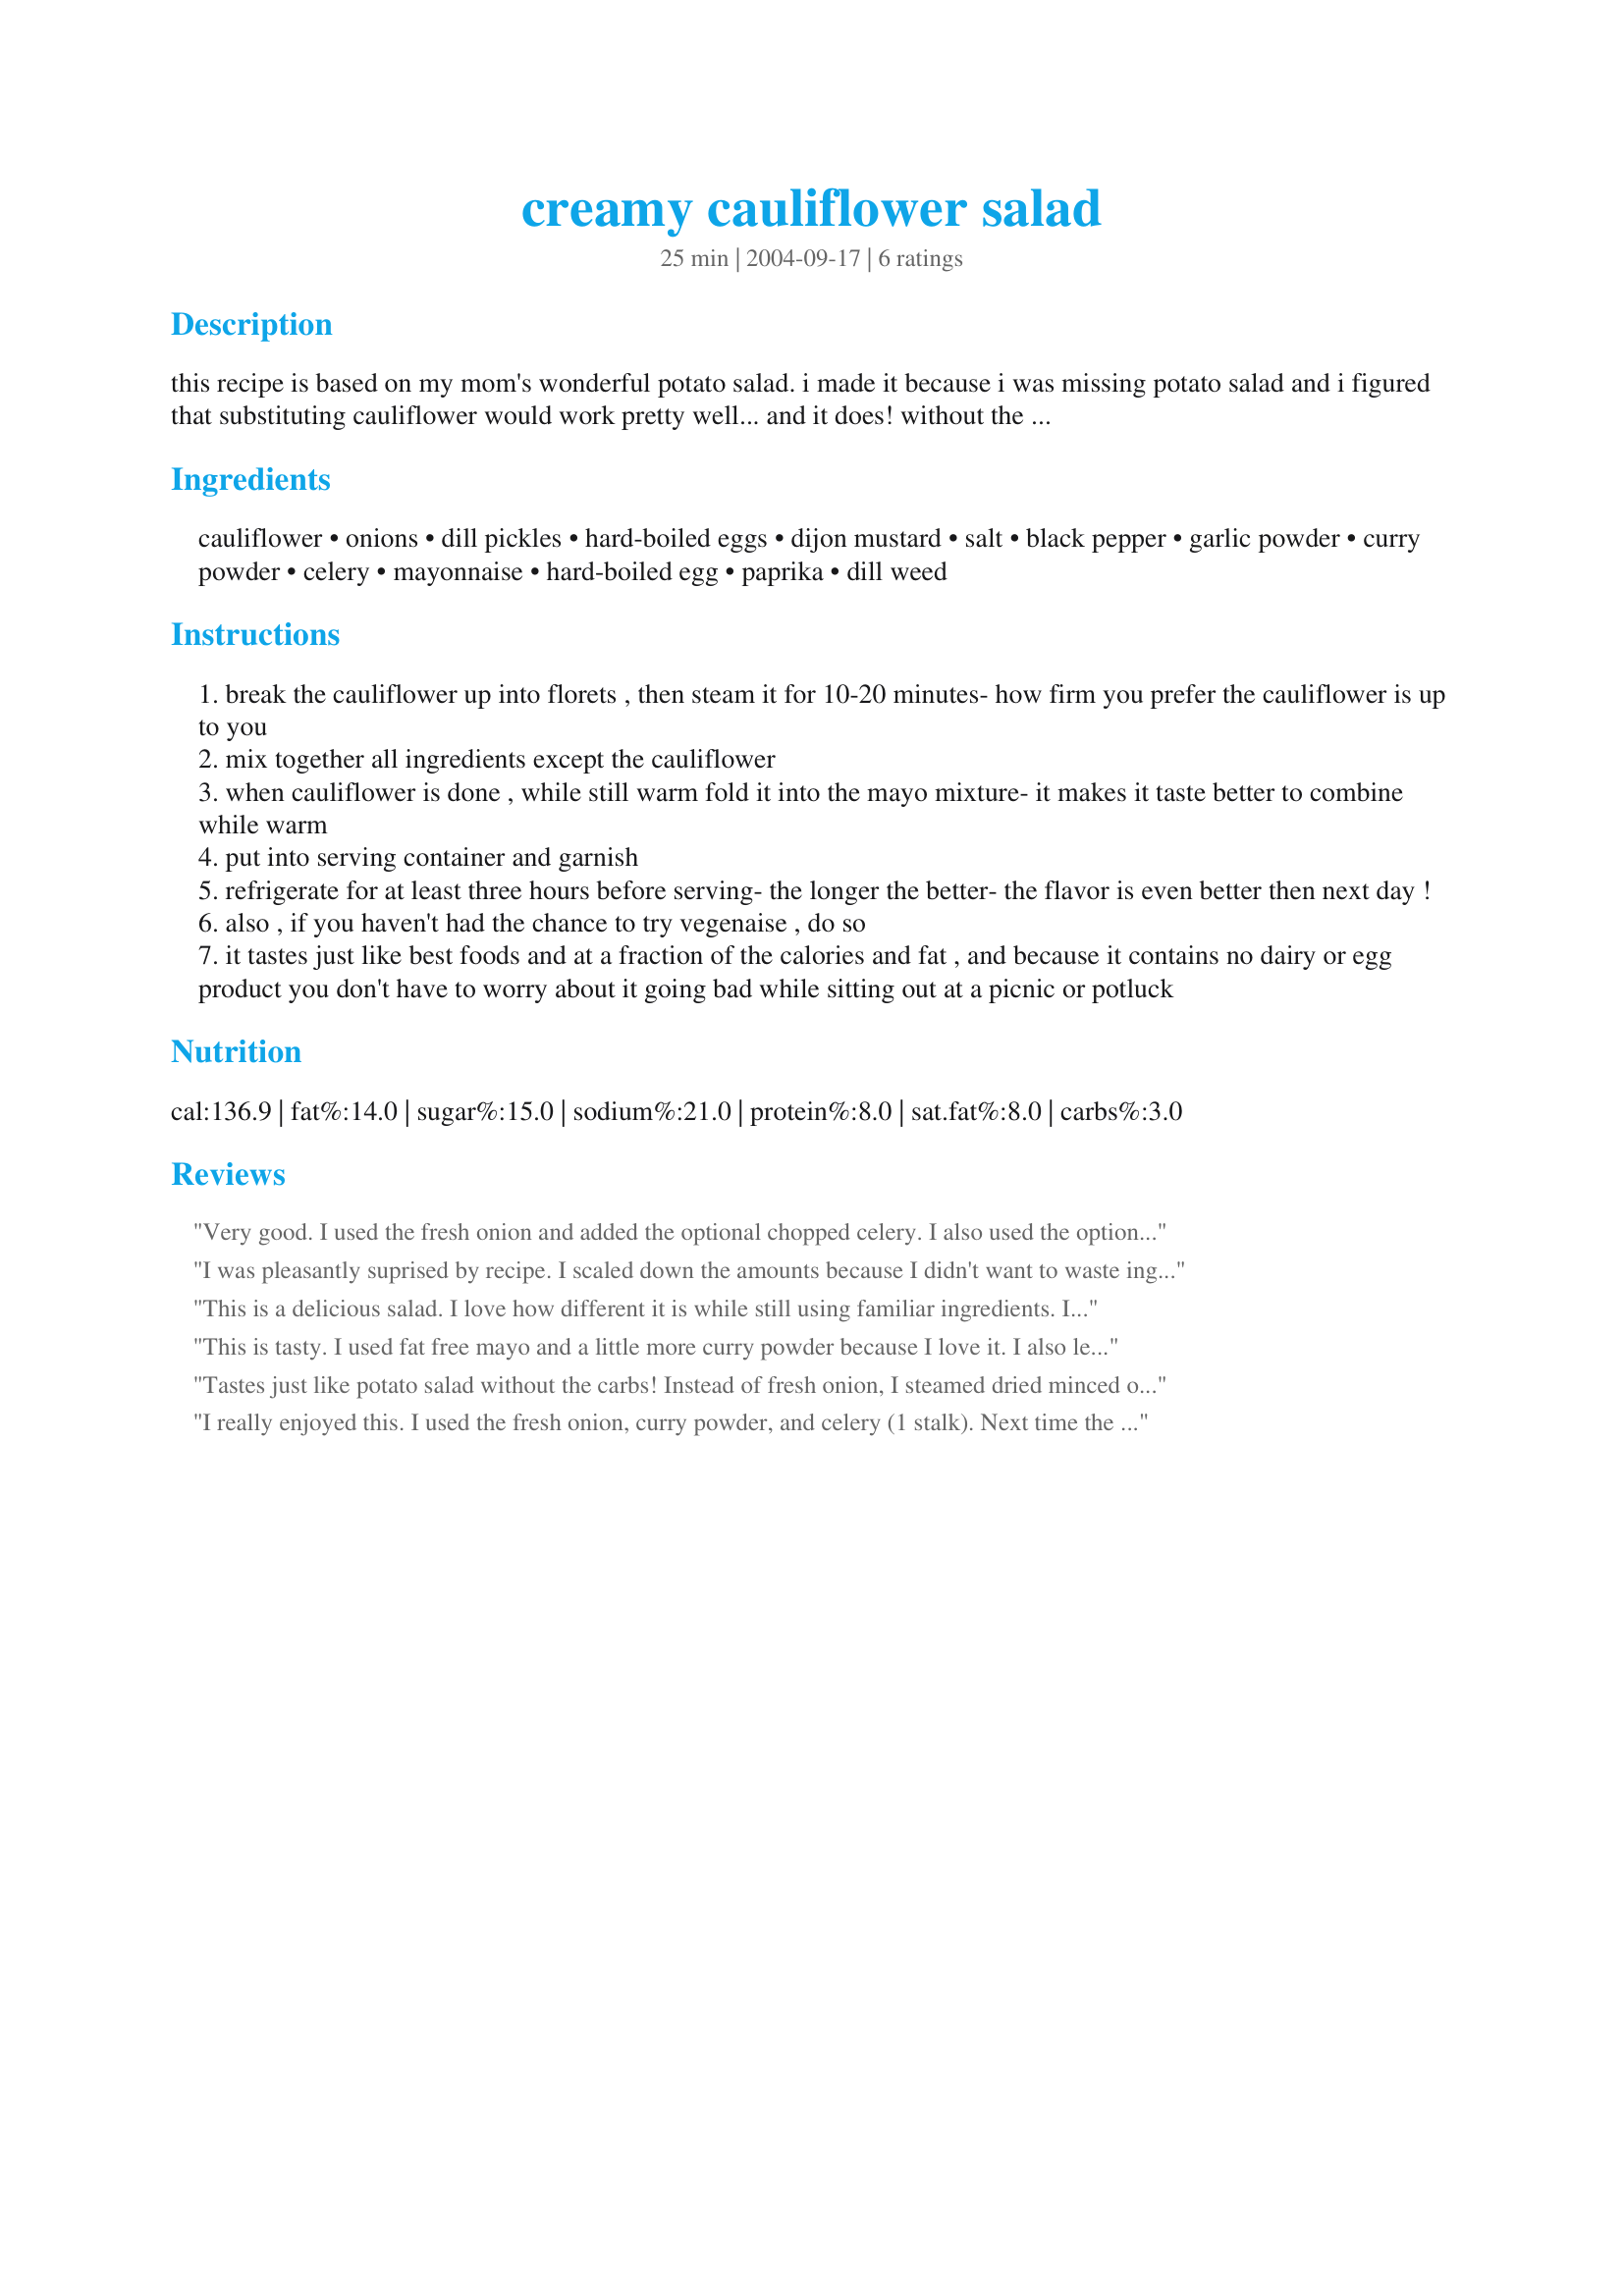
creamy cauliflower salad
Preparation time: 25 minutes

this recipe is based on my mom's wonderful potato salad. i made it because i was missing potato salad and i figured that substituting cauliflower would work pretty well... and it does! without the potato it's perfect for folks who are diabetic or working on lower carb menus, but even those who aren't watching carbs enjoy it. very tasty! go to www followyourheart com for more information on vegenaise.

Ingredients:
cauliflower, onions, dill pickles, hard-boiled eggs, dijon mustard, salt, black pepper, garlic powder, curry powder, celery, mayonnaise, hard-boiled egg, paprika, dill weed

Steps:
break the cauliflower up into florets , then steam it for 10-20 minutes- how firm you prefer the cauliflower is up to you
mix together all ingredients except the cauliflower
when cauliflower is done , while still warm fold it into the mayo mixture- it makes it taste better to combine while warm
put into serving container and garnish
refrigerate for at least three hours before serving- the longer the better- the flavor is even better then next day !
also , if you haven't had the chance to try vegenaise , do so
it tastes just like best foods and at a fraction of the calories and fat , and because it contains no dairy or egg product you don't have to worry about it going bad while sitting out at a picnic or potluck

Reviews:
Very good. I used the fresh onion and added the optional chopped celery. I also used the optional curry powder (a mild curry powder). Even people who are not "low-carbing" can anjoy this. Thanx for posting.
I was pleasantly suprised by recipe. I scaled down the amounts because I didn't want to waste ingredients (just in case I didn't like it). After it got cold it really does taste a lot like potato salad! I pretty much eye-balled the ingredients because I only used about 3 cups of cauliflower florets ( my florets were a lot smaller than shown in the picture by Parsley). But I did use extra dijon mustard and could not bring myself to use all that mayonnaise so I made the dressing out of 1/3 cup of low fat cottage cheese pureed with 2 Tablespoons nayonaise. For me it's a better way to keep to my diet. I used extra dill weed in the salad and also used dried onion flakes, curry powder and dill pickle relish. Another great and different tasting way to use cauliflower. Thanks for posting this winner in my book Julesong.
This is a delicious salad. I love how different it is while still using familiar ingredients. I skipped the celery and curry powder, and mixed in the paprika and dill rather than just using them for garnish. This has a great taste. I will definitely be using this recipe again. Thanks!
This is tasty. I used fat free mayo and a little more curry powder because I love it. I also left the onion chunks fairly large because, again, that is how I like it. I had some for lunch and am looking forward to having more later this week. I agree that trying to eat this warm is not for me. But once it got cold the flavors mellowed a little and I felt like they could use a little punch. I'll experiment for next time. Nice to make ahead and eat from during the week!
Tastes just like potato salad without the carbs! Instead of fresh onion, I steamed dried minced onion flakes with the cauliflower to soften their texture. Because my mom always whips the potatoes for her potato salad, I pureed the cauliflower and then stirred in the chopped additions. It&#039;s impossible to tell that the creamy smooth cauliflower is not potatoes. I used sweet pickle relish instead of dill pickles and yellow mustard instead of Dijon for personal preference. Also, I added 1 stalk of celery and half a green bell pepper to amp up the freshness factor. Because my cauliflower was naturally moist, I only needed to add 5 tablespoons of low fat mayonnaise to make perfectly Creamy Cauliflower Salad. Thank you, Julesong, for a dream come true...a delicious low-carb &quot;potato&quot; salad!
I really enjoyed this. I used the fresh onion, curry powder, and celery (1 stalk). Next time the only thing I would change would be to add another stalk of celery. I liked steaming the cauliflower because it seemed not to add too much moisture to the salad. I, of course, didn't bother to garnish. I will definitely make this again since everyone ate it.
